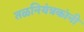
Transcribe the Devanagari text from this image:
तळनियंत्रकांनी